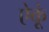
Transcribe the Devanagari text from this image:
ऐकूं